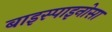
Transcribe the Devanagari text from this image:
बाइस्पाइनोसा